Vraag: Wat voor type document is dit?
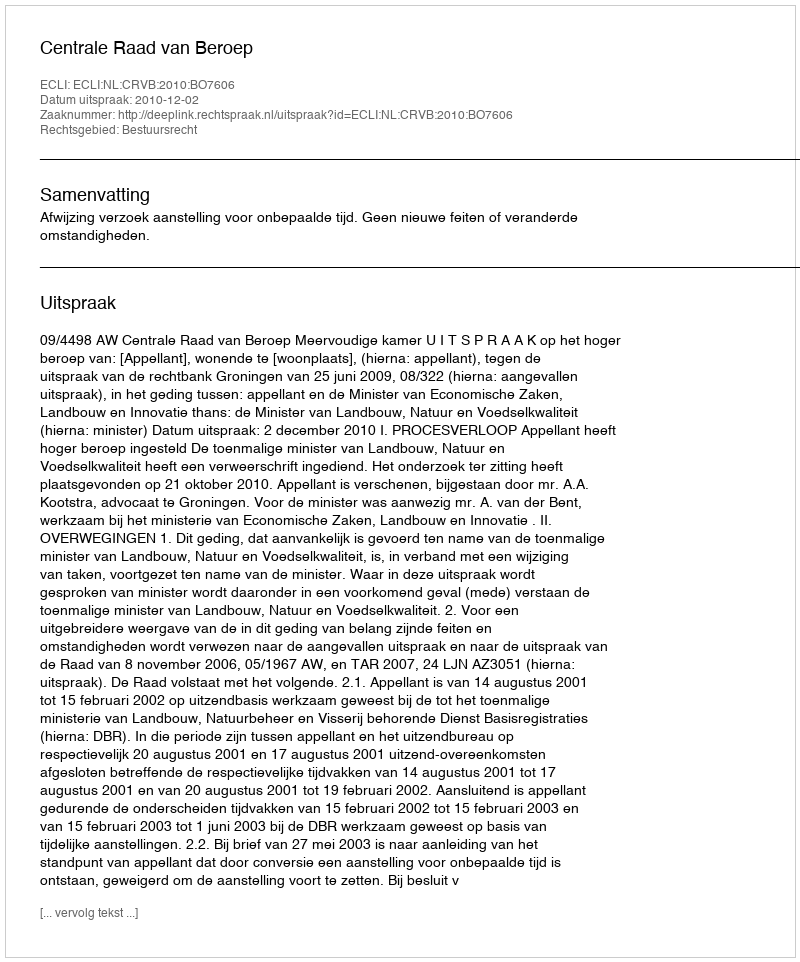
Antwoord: Uitspraak